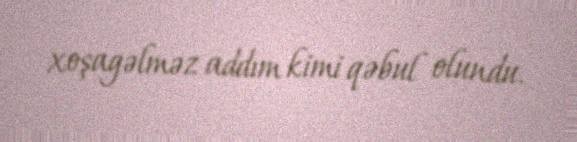
xoşagəlməz addım kimi qəbul olundu.